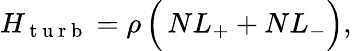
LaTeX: H_{\mathrm{~t~u~r~b~}}=\rho\, \Bigl(\, NL_{+}+NL_{-}\Bigr),